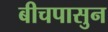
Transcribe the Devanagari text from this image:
बीचपासुन